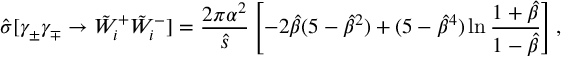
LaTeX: \hat { \sigma } [ \gamma _ { \pm } \gamma _ { \mp } \rightarrow \tilde { W } _ { i } ^ { + } \tilde { W } _ { i } ^ { - } ] = \frac { 2 \pi \alpha ^ { 2 } } { \hat { s } } \left[ - 2 \hat { \beta } ( 5 - \hat { \beta } ^ { 2 } ) + ( 5 - \hat { \beta } ^ { 4 } ) \ln \frac { 1 + \hat { \beta } } { 1 - \hat { \beta } } \right] ,